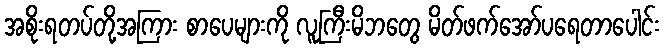
အစိုးရတပ်တို့အကြား စာပေများကို လူကြီးမိဘတွေ မိတ်ဖက်အော်ပရေတာပေါင်း